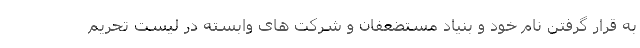
به قرار گرفتن نام خود و بنیاد مستضعفان و شرکت های وابسته در لیست تحریم